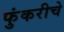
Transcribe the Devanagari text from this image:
फुंकरीचे